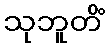
သုဘူတိံ